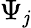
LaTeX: \Psi_{\mathit{j}}